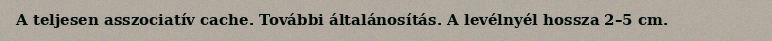
A teljesen asszociatív cache. További általánosítás. A levélnyél hossza 2–5 cm.